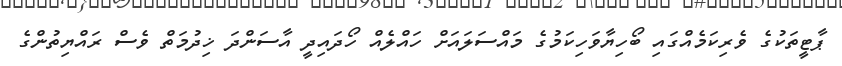
ޕާޓީތަކުގެ ވެރިކަމެއްގައި ބޯހިޔާވަހިކަމުގެ މައްސަލައަށް ހައްލެއް ހޯދަައިދީ އާސަންދަ ޚިދުމަތް ވެސް ރައްޔިތުންގެ